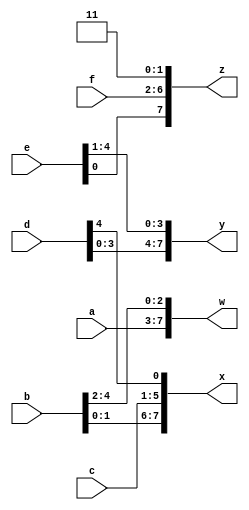
module top_module (
    input [4:0] a, b, c, d, e, f,
    output [7:0] w, x, y, z );//

    // assign { ... } = { ... };
    reg [31:0] buff ;
	assign {buff} = {a,b,c,d,e,f,2'b11};
    assign {w,x,y,z} = {buff[31:24],buff[23:16],buff[15:8],buff[7:0]};

endmodule